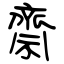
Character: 齋